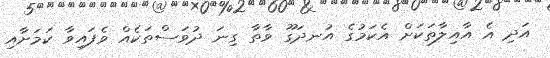
އަދި އެ އާއިލާތަކަށް އެކަމުގެ އުނދަގޫ ވާތާ ގިނަ ދުވަސްތަކެއް ވެފައިވާ ކަމަށާއި